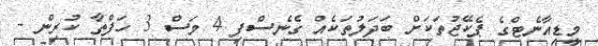
މީޑިއާނެޓްގެ ޕެކޭޖުތަކަށް ބަދަލުތަކެއް ގެނެސްފި 4 މަސް 3 ހަފްތާ ކުރިން -